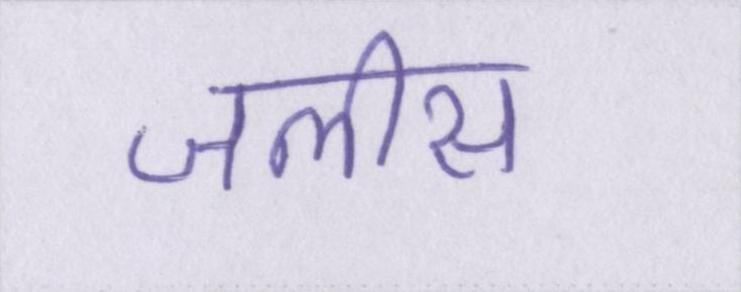
जलीस